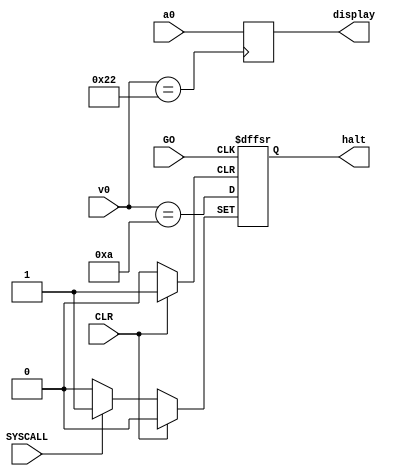
`timescale 1ns / 1ps
//////////////////////////////////////////////////////////////////////////////////
// Company: 
// Engineer: 
// 
// Design Name: 
// Module Name: SYSCALL_ctrl
// Project Name: 
// Target Devices: 
// Tool Versions: 
// Description: 
// 
// Dependencies: 
// 
// Revision:
// Revision 0.01 - File Created
// Additional Comments:
// 
//////////////////////////////////////////////////////////////////////////////////

//generate syscall control signal
module SYSCALL_ctrl(
    input CLR,
    input SYSCALL,
    input GO,
    input [31:0] v0,
    input [31:0] a0,
    
    
    output reg [31:0] display,
    output reg halt
    );
    assign print = v0 == 34;
    always @(posedge CLR, posedge SYSCALL, posedge GO) begin
        if (CLR)
            halt <= 0;
        else if (SYSCALL)
            halt <= 1;
        else if (GO) begin
            halt <= v0==10;       
        end
    
    end
    always @(posedge print)
        display <= a0;
    
    
endmodule